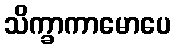
သိက္ခာကာမောပေ